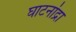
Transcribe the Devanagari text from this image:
घाटनांद्रा